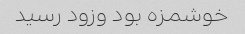
خوشمزه بود وزود رسید